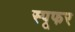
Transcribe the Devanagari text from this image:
स्पूफर